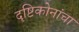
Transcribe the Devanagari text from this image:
दृष्टिकोनांचा